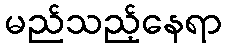
မည်သည့်နေရာ